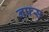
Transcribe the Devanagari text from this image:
नफ्स